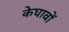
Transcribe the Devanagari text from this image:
केघावों